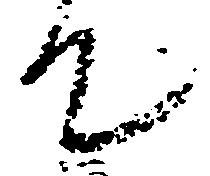
て